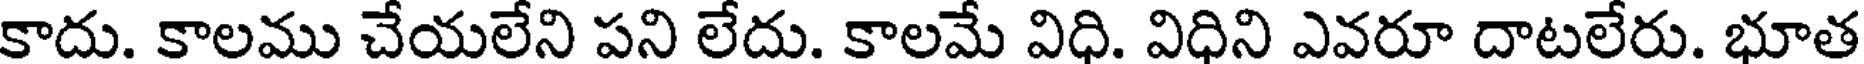
కాదు. కాలము చేయలేని పని లేదు. కాలమే విధి. విధిని ఎవరూ దాటలేరు. భూత